Vaccination in Bombay 1902-1912 - 1902-1912
Year: 1902
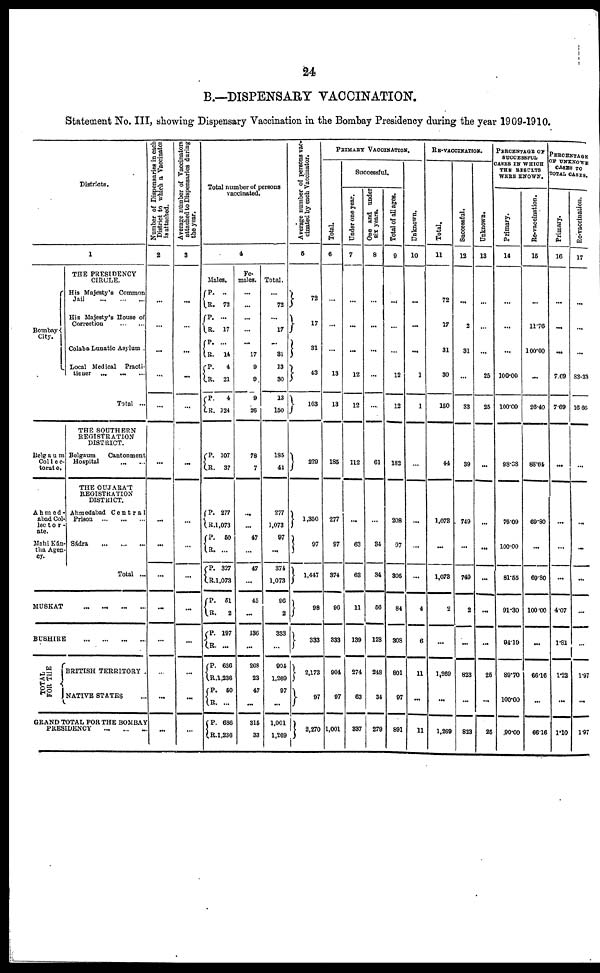
24
B.—DISPENSARY VACCINATION.
Statement No. III, showing Dispensary Vaccination in the Bombay Presidency during the year 1909-1910.
Districts.
1
Bombay
City.
THE PRESIDENCY
CIRCLE.
His Majesty's Common
Jail
...
...
...
His Majesty's House of
Correction
...
...
Colaba Lunatic Asylum .
Local Medical Practi-
tioner ... ... ...
Total ...
Belgaum
Collec-
torate.
Ahmed-
abad Col-
lector-
ate.
Mahi Kán-
tha Agen-
cy.
THE SOUTHERN
REGISTRATION
DISTRICT.
Belgaum
Cantonment
Hospital ... ...
THE GUJARÁT
REGISTRATION
DISTRICT.
Ahmedabad Central
Prison
...
...
...
Sádra
...
...
...
Total ...
MUSKAT
...
... ... ...
BUSHIRE ... ... ... ...
T OTAL
FOR THE
BRITISH TERRITORY .
NATIVE STATES ...
GRAND TOTAL FOR THE BOMBAY
PRESIDENCY ... ... ...
Number
of Dispensaries in each
District to which a Vaccinator
is attached.
2
...
...
...
...
...
...
...
...
...
...
...
...
...
...
Average number of Vaccinators
attached to Dispensaries during
the year.
3
...
...
...
...
...
...
...
...
...
...
...
...
...
...
Total number of persons
vaccinated.
4
Males.
P.
R.
P.
R.
P. R.
P. R.
P.
R.
...
72
...
17
...
14
4
21
4
124
P.
R.
107
37
P.
R.
P.
R.
P.
R.
P.
R.
P.
R.
P.
R.
P.
R.
P.
R.
277
1,073
50
...
327
1,073
51
2
197
...
636
1,236
50
...
686
1,236
Fe-
males.
...
...
...
...
...
17
9
9
9
26
78
7
...
...
47
...
47
...
45
...
136
...
268
23
47
...
315
33
Total.
...
72
...
17
...
31
13
30
13
150
185
44
277
1,073
97
...
374
1,073
96
2
333
...
904
1,269
97
...
1,001
1,269
Average number of persons vac-
cinated by each Vaccinator.
5
72
17
31
43
163
229
1,350
97
1,447
98
333
2,173
97
2,270
PRIMARY VACCINATION.
Total.
6
...
...
...
13
13
185
277
97
374
96
333
904
97
1,001
Successful.
Under one year.
7
...
...
...
12
12
112
...
63
63
11
139
274
63
337
One and under
six years.
8
...
...
...
...
...
61
...
34
34
56
128
248
34
279
Total of all ages.
9
...
...
...
12
12
182
208
97
305
84
308
801
97
891
Unknown.
10
...
...
...
1
1
...
...
...
...
4
6
11
...
11
RE-VACCINATION.
Total.
11
72
17
31
30
150
44
1,073
...
1,073
2
...
1,269
...
1,269
Successful.
12
...
2
31
...
33
39
749
...
749
2
...
823
...
823
Unknown.
13
...
...
...
25
25
...
...
...
...
...
...
25
...
25
PERCENTAGE OF
SUCCESSFUL
CASES IN WHICH
THE RESULTS
WERE KNOWN.
Primary.
14
...
...
...
100.00
100.00
98.38
75.09
100.00
81.55
91.30
94.19
89.70
100.00
90.00
Re-vaccination.
15
...
11.76
100.00
...
26.40
88.64
69.80
...
69.80
100.00
...
66.16
...
66.16
PERCENTAGE
OF UNKNOWN
CASES TO
TOTAL CASES.
Primary.
16
...
...
...
7.69
7.69
...
...
...
...
4.07
1.81
1.22
...
1.10
Re-vaccination.
17
...
...
...
83.33
16.66
...
...
...
...
...
...
1.97
...
1.97